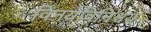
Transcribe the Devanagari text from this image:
विनयविनिश्चय